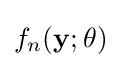
f_{n}(\mathbf {y} ;\theta )